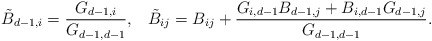
\begin{align*}\tilde{B}_{d-1,i} =\frac{G_{d-1,i}}{G_{d-1,d-1}},\;\;\; \tilde{B}_{ij} = B_{ij} + \frac{G_{i,d-1}B_{d-1,j} + B_{i,d-1}G_{d-1,j}}{G_{d-1,d-1}} .\end{align*}